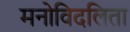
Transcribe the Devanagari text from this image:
मनोविदलिता